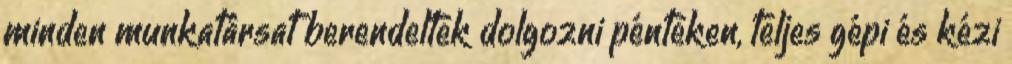
minden munkatársat berendeltek dolgozni pénteken, teljes gépi és kézi